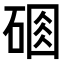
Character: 𥔆